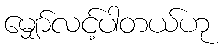
မျှော်လင့်ပါတယ်ဟု